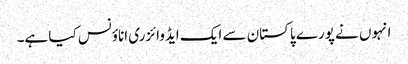
انہوں نے پورے پاکستان سے ایک ایڈوائزری اناؤنس کیا ہے۔